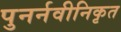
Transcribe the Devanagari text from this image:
पुनर्नवीनिकृत